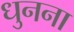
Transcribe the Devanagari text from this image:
धुनना